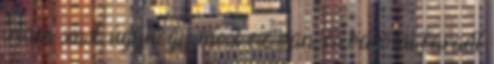
írtam smst, úgyhogy most ez van. és baromi fáradt